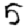
Digit: 5